Civil Veterinary Dept. Bombay admin report 1900-1906 - 1900-1906
Year: 1900
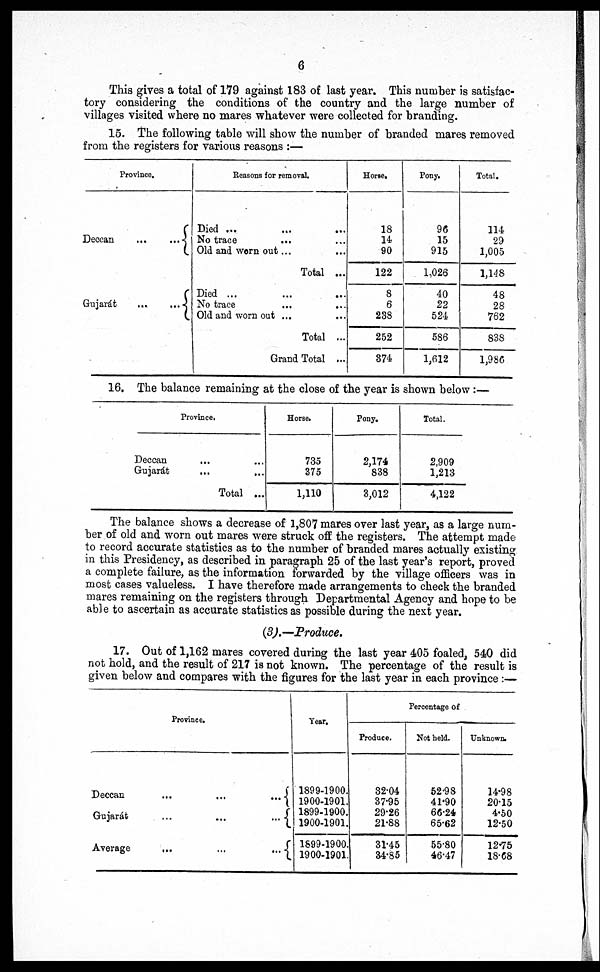
6
This gives a total of 179 against 183 of last year. This number is satisfac-
tory considering the conditions of the country and the large number of
villages visited where no mares whatever were collected for branding.
15. The following table will show the number of branded mares removed
from the registers for various reasons :—
Province.
Deccan
...
...
Gujarát
...
...
Reasons for removal.
Died ...
...
...
No trace
Old and worn out ... ...
Total ...
Died ...
...
...
No trace
Old and worn out ...
Total ...
Grand Total ...
Horse.
18
14
90
122
8
6
238
252
374
Pony.
96
15
915
1,026
40
22
524
586
1,612
Total.
114
29
1,005
1,148
48
28
762
838
1,986
16. The balance remaining at the close of the year is shown below:—
Province.
Deccan
... ...
Gujarát
...
...
Total ...
Horse.
735
375
1,110
Pony.
2,174
838
3,012
Total.
2,909
1,213
4,122
The balance shows a decrease of 1,807 mares over last year, as a large num-
ber of old and worn out mares were struck off the registers. The attempt made
to record accurate statistics as to the number of branded mares actually existing
in this Presidency, as described in paragraph 25 of the last year's report, proved
a complete failure, as the information forwarded by the village officers was in
most cases valueless. I have therefore made arrangements to check the branded
mares remaining on the registers through Departmental Agency and hope to be
able to ascertain as accurate statistics as possible during the next year.
(3).— Produce.
17. Out of 1,162 mares covered during the last year 405 foaled, 540 did
not hold, and the result of 217 is not known. The percentage of the result is
given below and compares with the figures for the last year in each province :—
Province.
Deccan ... ... ...
Gujarát ... ... ....
Average ... ... ...
Year.
1899-1900.
1900-1901.
1899-1900.
1900-1901.
1899-1900
1900-1901
Percentage of
Produce.
32.04
37.95
29.26
21.88
31.45
34.85
Not held.
52.98
41.90
66.24
65.62
55.80
46.47
Unknown.
14.98
20.15
4.50
12.50
12.75
18.68